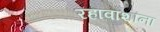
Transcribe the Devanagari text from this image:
रहावाशांना